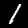
Digit: 1